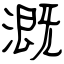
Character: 溉